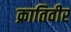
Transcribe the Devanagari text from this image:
क्रातिवीर